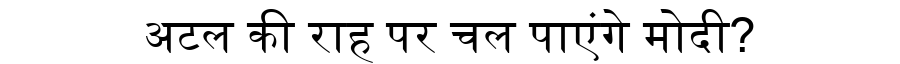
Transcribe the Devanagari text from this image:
अटल की राह पर चल पाएंगे मोदी?